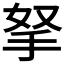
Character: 拏